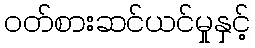
ဝတ်စားဆင်ယင်မှုနှင့်